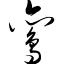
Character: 鸾